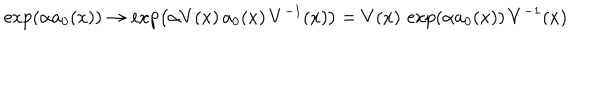
\exp \left( \alpha a _ { 0 } ( x ) \right) \to \exp \left( \alpha V ( x ) \, a _ { 0 } ( x ) \, V ^ { - 1 } ( x ) \right) = V ( x ) \, \exp \left( \alpha a _ { 0 } ( x ) \right) \, V ^ { - 1 } ( x )